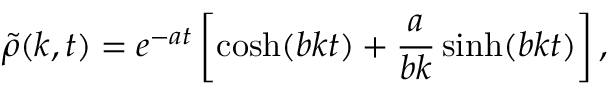
\tilde { \rho } ( k , t ) = e ^ { - a t } \left[ \cosh ( b k t ) + \frac { a } { b k } \sinh ( b k t ) \right] ,